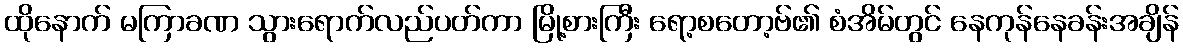
ထိုနောက် မကြာခဏ သွားရောက်လည်ပတ်ကာ မြို့စားကြီး ရော့စတော့ဗ်၏ စံအိမ်တွင် နေကုန်နေခန်းအချိန်